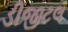
ડીજીટલ